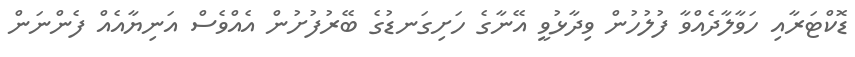
ޑޮކްޓަރާއި ހަވާލާދެއްވާ ފުލުހުން ވިދާޅުވީ އޭނާގެ ހަށިގަނޑުގެ ބޭރުފުށުން އެއްވެސް އަނިޔާއެއް ފެންނަން